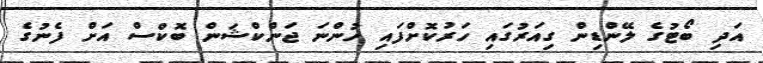
އަދި ބޯޓުގެ ލޭންޑިން ގިއަރުގައި ހަރުކޮށްފައި ހުންނަ ޖަންކްޝަން ބޮކްސް އަށް ފެނުގެ